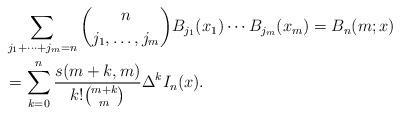
LaTeX: \begin{align*}&\sum_{j_1+\cdots +j_m=n}\binom{n}{j_1,\ldots, j_m}B_{j_1}(x_1)\cdots B_{j_m}(x_m)=B_n(m;x)\\&=\sum_{k=0}^n \dfrac{s(m+k,m)}{k! \binom{m+k}{m}}\Delta^k I_n(x).\end{align*}